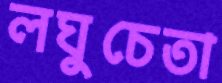
লঘুচেতা